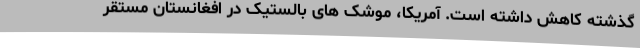
گذشته کاهش داشته است. آمریکا، موشک های بالستیک در افغانستان مستقر